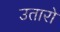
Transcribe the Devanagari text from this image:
उतारो